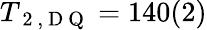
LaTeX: T_{\mathrm{~2~,~D~Q~}}=140(2)